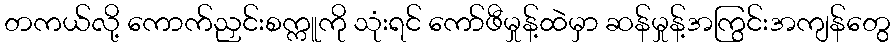
တကယ်လို့ ကောက်ညှင်းစက္ကူကို သုံးရင် ကော်ဖီမှုန့်ထဲမှာ ဆန်မှုန့်အကြွင်းအကျန်တွေ